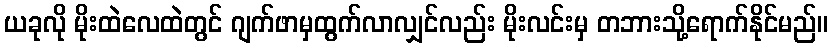
ယခုလို မိုးထဲလေထဲတွင် ဂျက်ဖာမှထွက်လာလျှင်လည်း မိုးလင်းမှ တဘားသို့ရောက်နိုင်မည်။